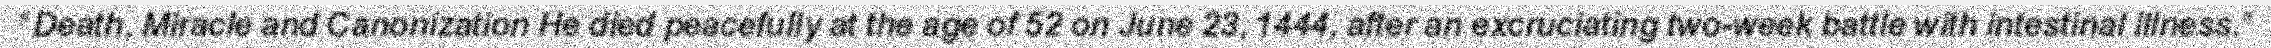
"Death, Miracle and Canonization He died peacefully at the age of 52 on June 23, 1444, after an excruciating two-week battle with intestinal illness."